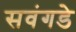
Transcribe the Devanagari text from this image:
सवंगडे